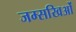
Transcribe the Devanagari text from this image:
जम्सखिओं